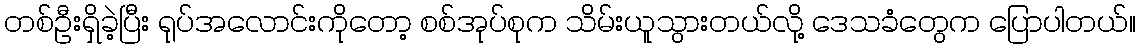
တစ်ဦးရှိခဲ့ပြီး ရုပ်အလောင်းကိုတော့ စစ်အုပ်စုက သိမ်းယူသွားတယ်လို့ ဒေသခံတွေက ပြောပါတယ်။